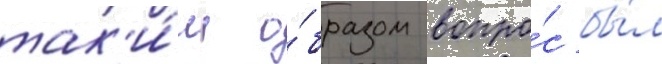
так'и́м о́бразом вопро́с бы́л